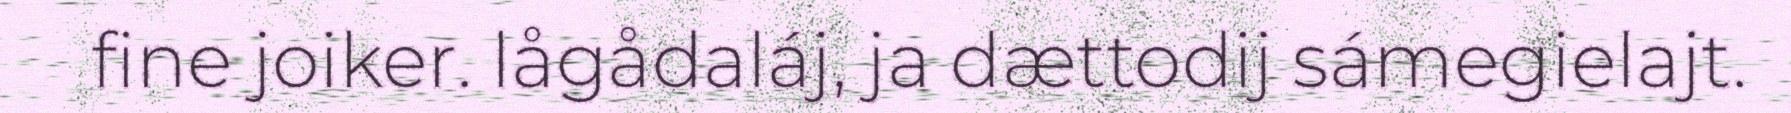
fine joiker. lågådaláj, ja dættodij sámegielajt.